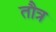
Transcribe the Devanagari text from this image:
तौत्र